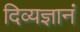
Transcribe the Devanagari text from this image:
दिव्यज्ञानं